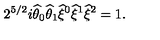
2 ^ { 5 / 2 } i \widehat { \theta } _ { 0 } \widehat { \theta } _ { 1 } \widehat { \xi } { } ^ { 0 } \widehat { \xi } { } ^ { 1 } \widehat { \xi } { } ^ { 2 } = 1 .